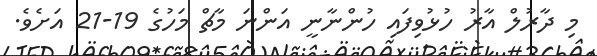
މި ދާރުލް އާާރު ހުޅުވިފައި ހުންނާނީ އަންނަ މާޗް މަހުގެ 19-21 އަށެވެ.